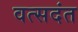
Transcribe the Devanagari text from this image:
वत्सदंत